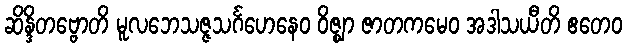
ဆိန္ဒိတဗ္ဗောတိ မူလဘေသဇ္ဇသင်္ဂဟေနေဝ ဝိဇ္ဈာ ဇာတကမေဝ အဒါသယီတိ ဧတေဝ